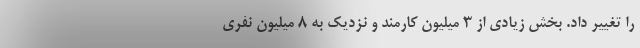
را تغییر داد. بخش زیادی از ۳ میلیون کارمند و نزدیک به ۸ میلیون نفری